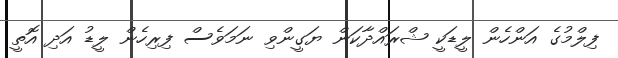
ފިލްމުގެ އަންހެން ލީޑަކީ ޝްރައްދާކަން ޔަގީންވި ނަމަވެސް ފިރިހެން ލީޑު އަދި އޮތީ